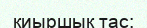
қиыршық тас;